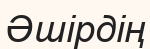
Әшірдің